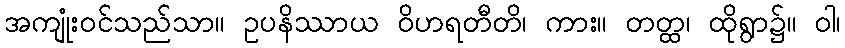
အကျုံးဝင်သည်သာ။ ဥပနိဿာယ ဝိဟရတီတိ၊ ကား။ တတ္ထ၊ ထိုရွာ၌။ ဝါ၊